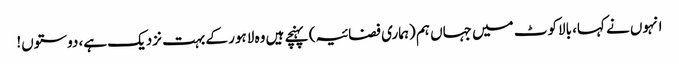
انہوں نے کہا، بالاکوٹ میں جہاں ہم (ہماری فضائیہ) پہنچے ہیں وہ لاہور کے بہت نزدیک ہے، دوستوں!